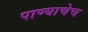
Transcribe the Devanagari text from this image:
पाण्याचेच